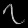
Digit: ၇